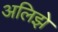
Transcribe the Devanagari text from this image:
अलिझे